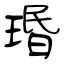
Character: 瑉